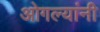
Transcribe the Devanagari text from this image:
ओगल्यांनी